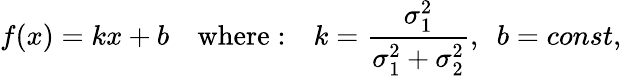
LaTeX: f(x)=kx+b\quad\mathrm{where:}\quad k=\frac{\sigma_{1}^{2}}{\sigma_{1}^{2}+\sigma_{2}^{2}},\ \ b=const,